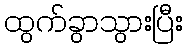
ထွက်ခွာသွားပြီး